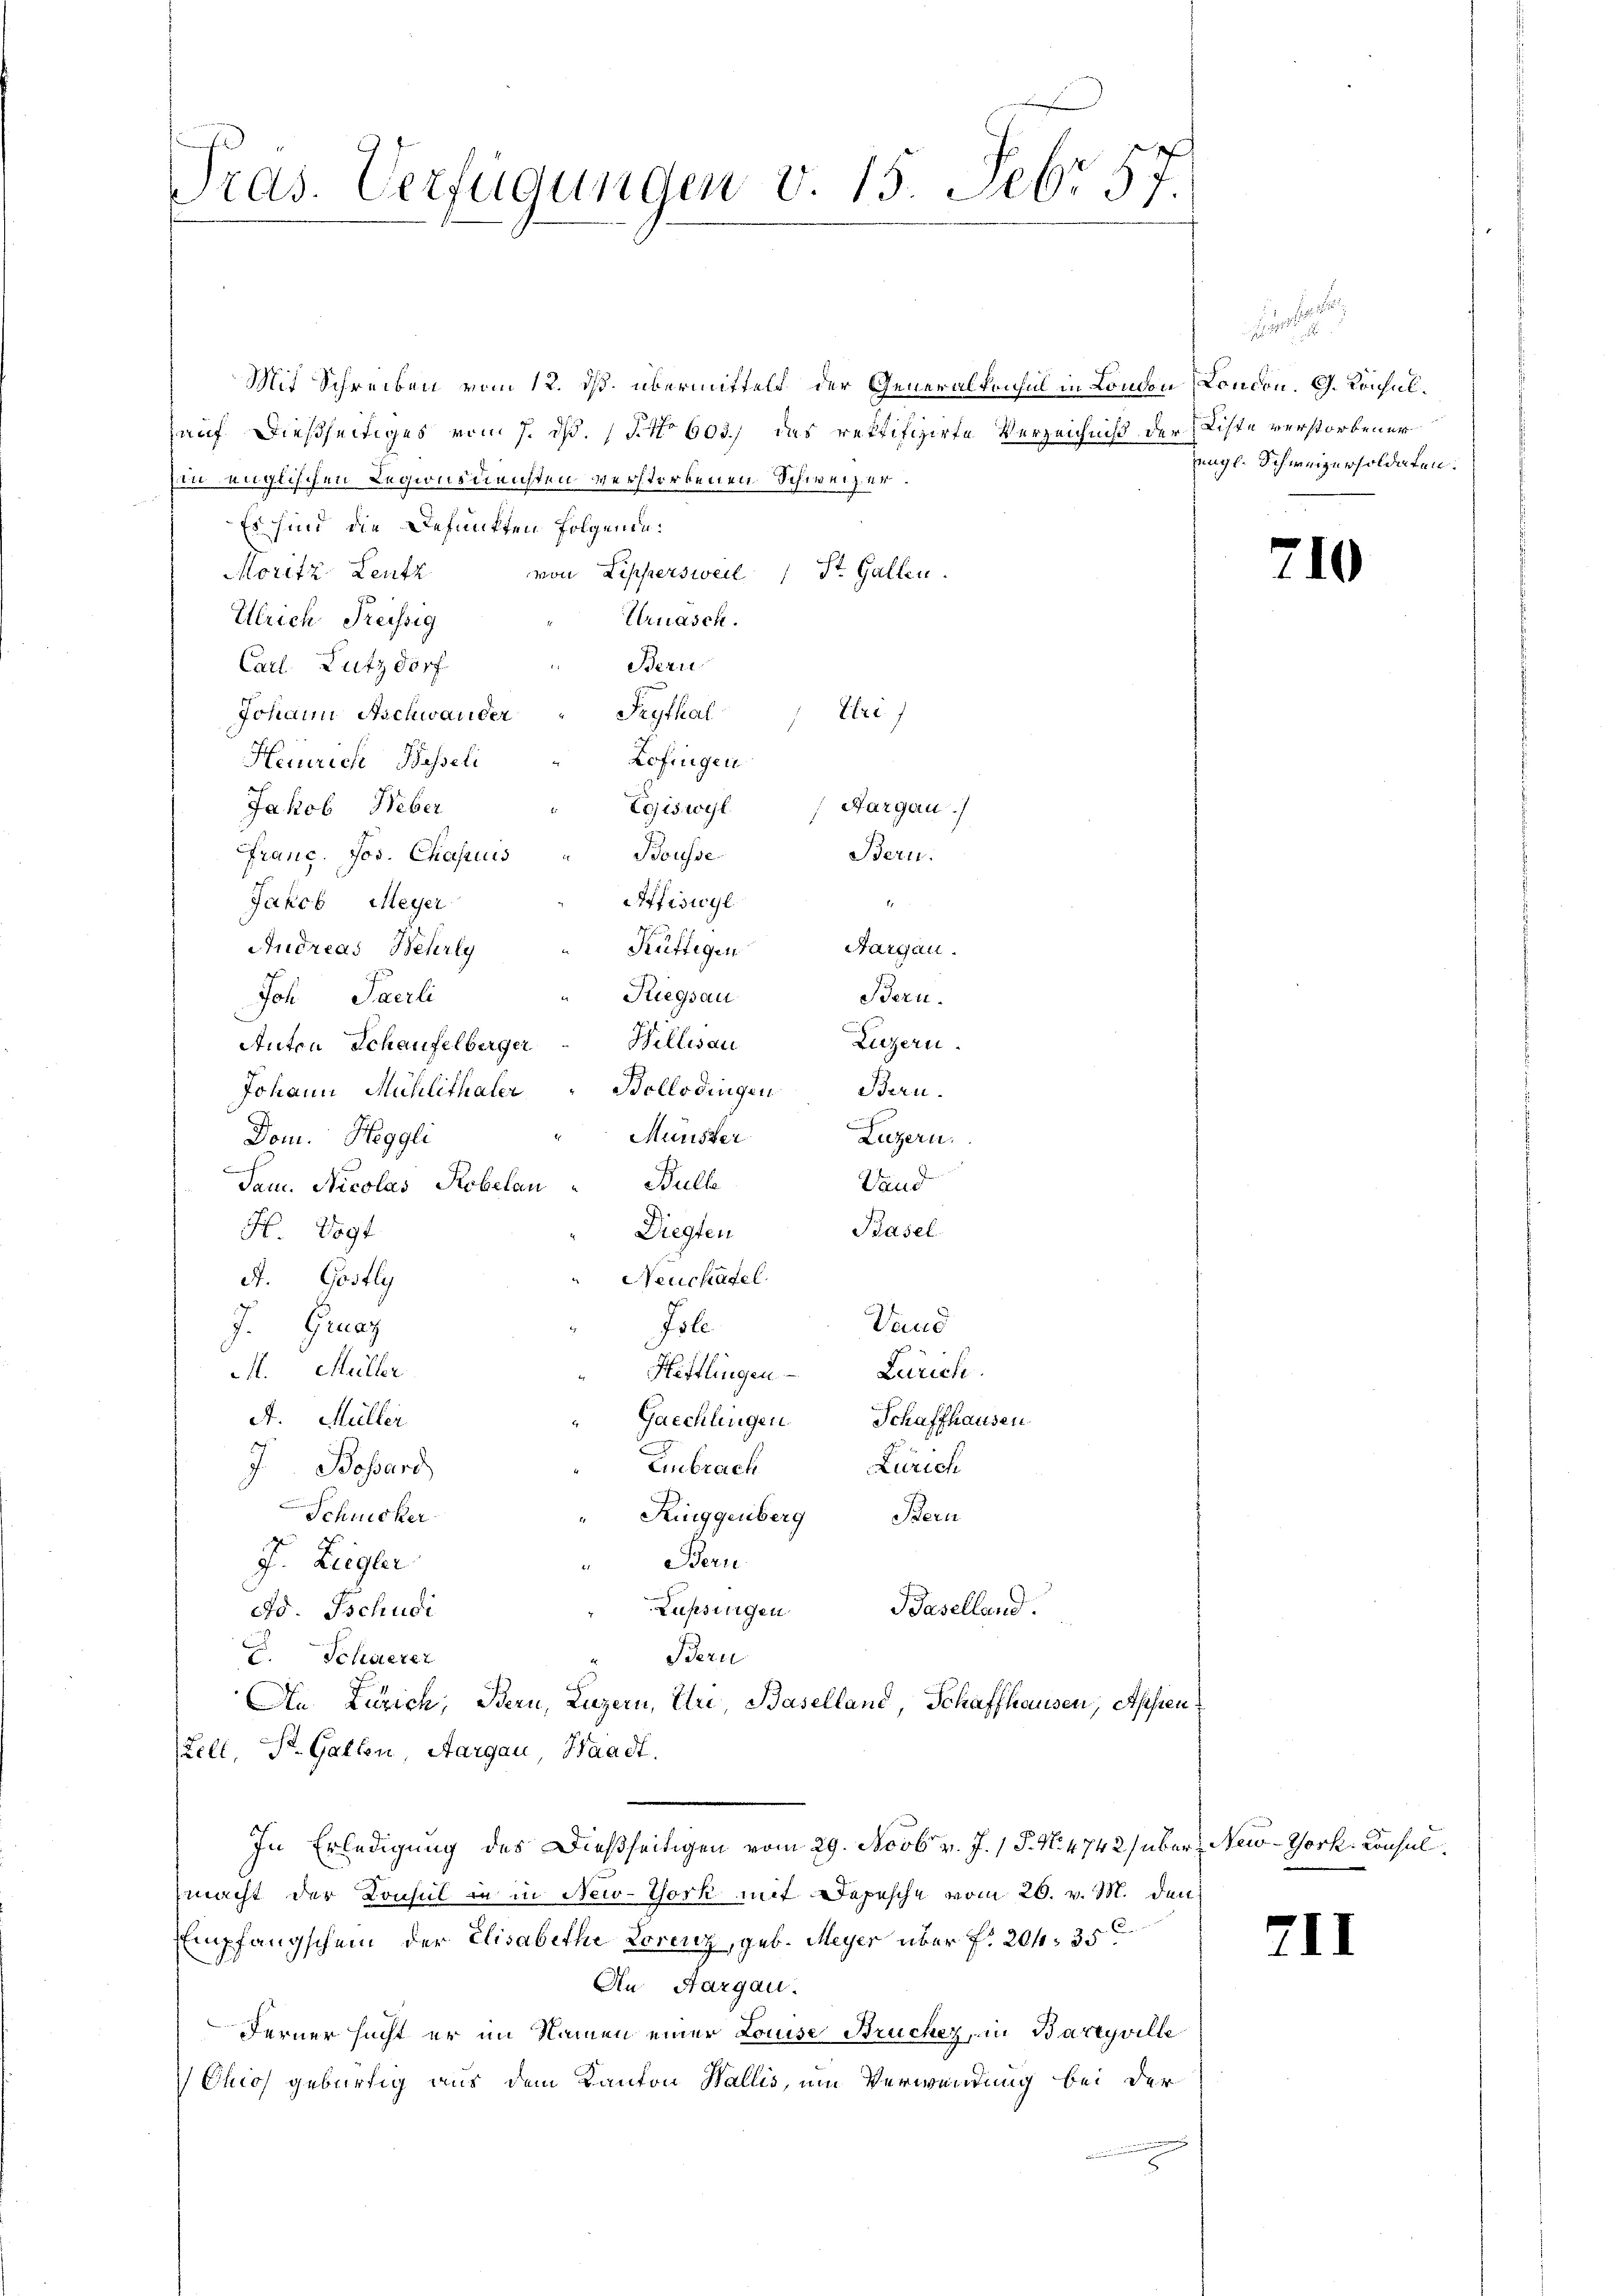
Pras. Verfügungen v. 15. Febr. 57.

Mit Schreiben vom 12. ds. übermittelt der Generalprisul in London London. G. Konsulhauf dießseitiges vom 7. ds. (T. No 603.) das rektifizirte Verzeichniß der Liste verstorbener
sin englischen Regionsdiensten verstorbenen Schweizer.
Es sind die Befunkten folgende:
Moritz, Leutz von Lippersweil St. Gallen.
Ulrich Preissig
Urnasch.
Bern
Carl. Lutzdorf
Erif
Johann Aschwander " Frythal
Zofingen
Heinrich Basseli
Egiswyl (Hargau)
Jakob Weber
Franc. Jos. Chasuis
Bousse
Bern.
Affisicyl
Jakob Meyer
f
Küftigen Aargau.
Andreas Beterly
Riegsau
Bern.
Joh Paerli
Litzern.
Anton Schaufelberger Billisau
Bern.
Johann Mühlithaler Bollodingen
Mürister
Luzern.
Dom. Heggli
Sem. Nicolas Robelau " Bulle
Vand
Basel
H. Vogt
Diegten
Neuchäfel.
A. Gastly
Vand
J. Grunz
Foll
. Müller
Zürich.
Hettlingen
A. Müller
Gaechlingen Schaffhausen
J. Bossard
Embrach
Zürich
Schicker
Kinggenberg Stern
J. Ziegler
Beru
Baselland.
Zupsingen
Ad. Tschudi
Bern
Scheuerer
An Zürich, Bern, Luzern, Uri Baselland, Schaffhausen, Asien
Lell, St. Gallen, Aargau, Waadt.
In Erledigung des Dießseitigen vom 29. Novbr v. J. 1 S. N. 4742) über New-York, Konsulmacht der Konsul in in New-York mit Depesche vom 26. v. M. den
Empfangschein der Elisabethe Lorenz, geb. Meyer über f. 20. 35
An Aargau.
Ferner sucht er im Namen einer Louise Brücher, an Bartyville
Chios gebürtig aus dem Kanton Wallis, um Verwendung bei der

ungl. Schweizersoldaten:

211